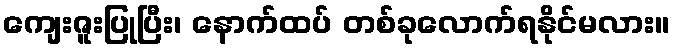
ကျေးဇူးပြုပြီး၊ နောက်ထပ် တစ်ခုလောက်ရနိုင်မလား။